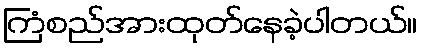
ကြံစည်အားထုတ်နေခဲ့ပါတယ်။